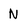
Character: N